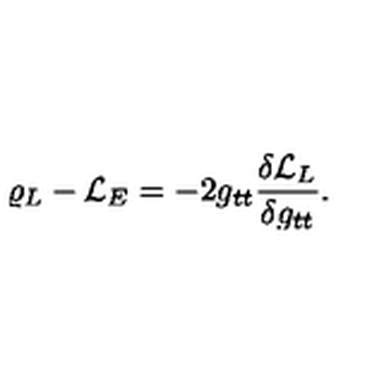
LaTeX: \varrho _ { L } - { \cal L } _ { E } = - 2 g _ { t t } { \frac { \delta { \cal L } _ { L } } { \delta g _ { t t } } } .